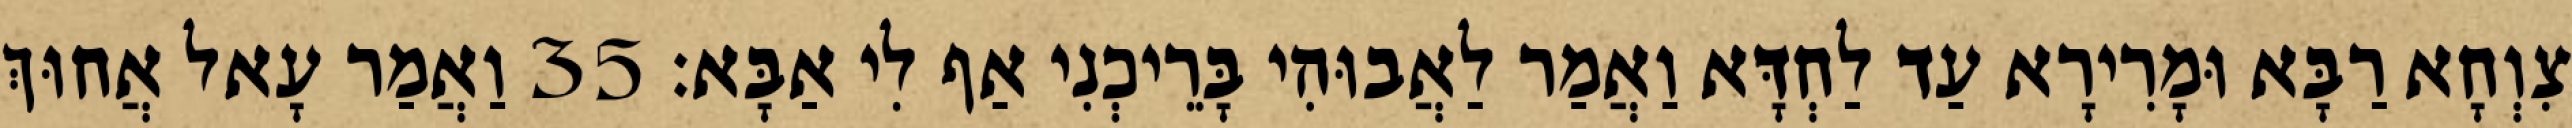
צִוְחָא רַבָּא וּמָרִירָא עַד לַחְדָּא וַאֲמַר לַאֲבוּהִי בָּרֵיכְנִי אַף לִי אַבָּא׃ 35 וַאֲמַר עָאל אֲחוּךְ